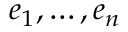
e _ { 1 } , \ldots , e _ { n }